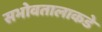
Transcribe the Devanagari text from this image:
सभोवतालाकडे